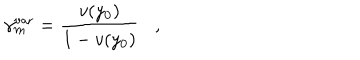
\gamma _ { m } ^ { \mathrm { v a r } } = { \frac { v ( y _ { 0 } ) } { 1 - v ( y _ { 0 } ) } } ,